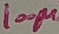
Text: 100µ